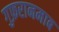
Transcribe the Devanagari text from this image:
गुफ़रानमाब